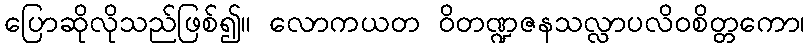
ပြောဆိုလိုသည်ဖြစ်၍။ လောကယတ ဝိတဏ္ဍဇနသလ္လာပလိဝစိတ္တကော၊